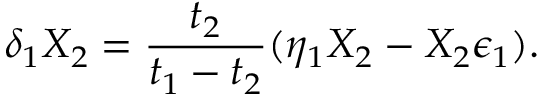
\delta _ { 1 } X _ { 2 } = { \frac { t _ { 2 } } { t _ { 1 } - t _ { 2 } } } ( \eta _ { 1 } X _ { 2 } - X _ { 2 } \epsilon _ { 1 } ) .